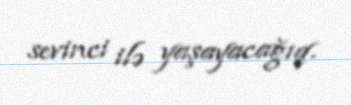
sevinci ilə yaşayacağıq.